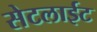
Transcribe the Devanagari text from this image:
सेटलाईट